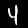
Digit: 4